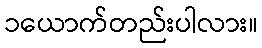
၁ယောက်တည်းပါလား။